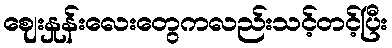
ဈေးနှုန်းလေးတွေကလည်းသင့်တင့်ပြီး